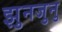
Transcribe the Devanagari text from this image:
झुनजुनु